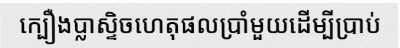
ក្បឿងប្លាស្ទិចហេតុផលប្រាំមួយដើម្បីប្រាប់